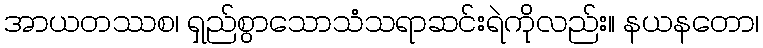
အာယတဿစ၊ ရှည်စွာသောသံသရာဆင်းရဲကိုလည်း။ နယနတော၊